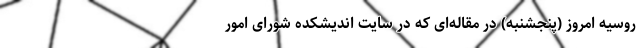
روسیه امروز (پنجشنبه) در مقاله‌ای که در سایت اندیشکده شورای امور